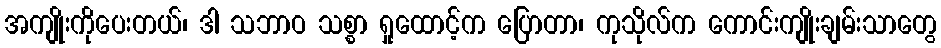
အကျိုးကိုပေးတယ်၊ ဒါ သဘာဝ သစ္စာ ရှုထောင့်က ပြောတာ၊ ကုသိုလ်က ကောင်းကျိုးချမ်းသာတွေ